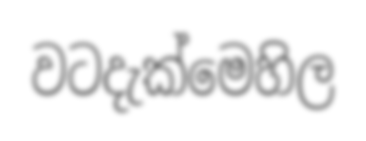
වටදැක්මෙහිල